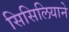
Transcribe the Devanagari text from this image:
सिसिलियाने